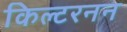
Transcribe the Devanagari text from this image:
किल्टरनन